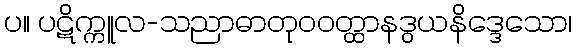
ပ။ ပဋိက္ကူလ-သညာဓာတုဝဝတ္ထာနဒွယနိဒ္ဒေသော၊